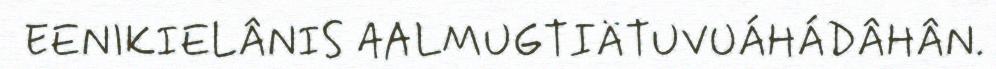
EENIKIELÂNIS AALMUGTIÄTUVUÁHÁDÂHÂN.